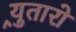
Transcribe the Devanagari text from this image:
र्‍युतारो